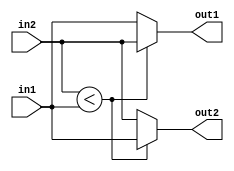
module compare_swap (in1,in2, out1, out2);
input [7:0]in1, in2;
output reg  [7:0]out1, out2;

always @(*)
begin
	if (in2 < in1)
		begin
			out2=in1;
			out1= in2;
		end
	else	
		begin
		out1 = in1;
		out2 = in2;
		end
end

endmodule